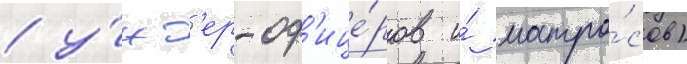
/ у́нт'ер-оф'ице́ров и́ матро́сов)